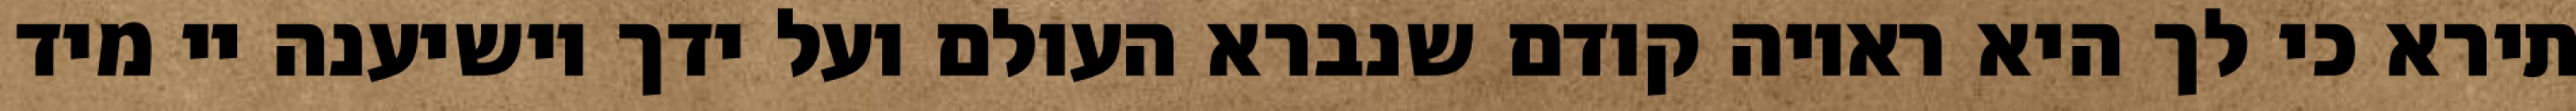
תירא כי לך היא ראויה קודם שנברא העולם ועל ידך יושיענה יי מיד